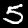
Label: 5